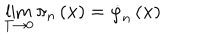
\lim _ { T \rightarrow 0 } \pi _ { n } \left( \mathbf { x } \right) = \dot { \varphi } _ { n } \left( \mathbf { x } \right)